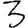
Digit: 3